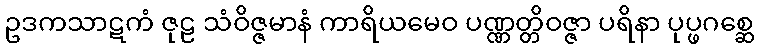
ဥဒကသာဋကံ ဇုဠ သံဝိဇ္ဇမာနံ ကာရိယမေဝ ပဏ္ဏတ္တိဝဇ္ဇာ ပရိနာ ပုပ္ဖဂစ္ဆေ